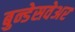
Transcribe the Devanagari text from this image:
बुन्डेसवेअर